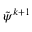
\tilde { \psi } ^ { k + 1 }